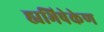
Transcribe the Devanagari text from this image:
ह्यभिषेकेण